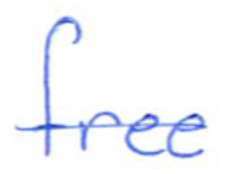
Text: free
Cross-out: single-line
Writing tool: ballpoint